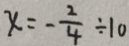
x = - \frac { 2 } { 4 } \div 1 0